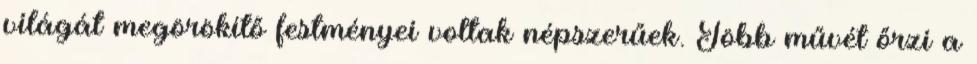
világát megörökítő festményei voltak népszerűek. Több művét őrzi a